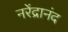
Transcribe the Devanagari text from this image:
नरेंद्रानंद